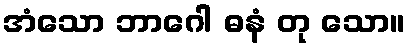
အံသော ဘာဂေါ ဓနံ တု သော။